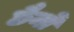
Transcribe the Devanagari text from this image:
छैनों